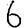
Digit: 6